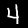
Label: 4